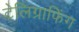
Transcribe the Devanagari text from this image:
टेलिग्राफिंग